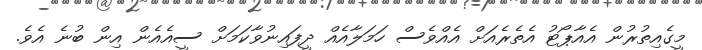
މީގެއިތުރުން އެއާޕޯޓު އެތެރެއަށް އެއްވެސް ހަމަލާއެއް ދީފައިނުވާކަމަށް ސީއެއެން އިން ބުނެ އެވެ.